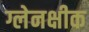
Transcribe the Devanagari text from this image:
ग्लेनक्षीक